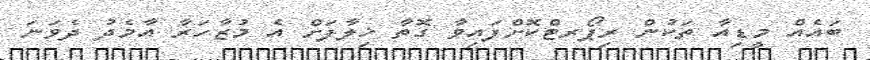
ބައެއް މީޑިއާ ތަކުން ރިޕޯރޓްކޮށްފައިވާ ގޮތާ ޚިލާފަށް އެ މުޒާހަރާ އާމެދު ދެވަނަ